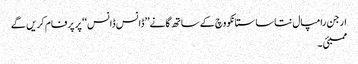
ارجن رامپال نتاسا ستانکووچ کے ساتھ گانے’’ڈانس ڈانس‘‘ پر پرفام کریں گے
ممبئی ۔